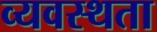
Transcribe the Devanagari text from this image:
व्यवस्थता